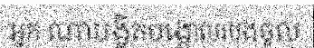
អ្នក ណាបង្ខិតបង្គោលរបងចូល